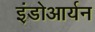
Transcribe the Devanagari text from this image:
इंडोआर्यन